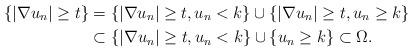
LaTeX: \begin{align*}\{|\nabla u_n|\geq t\} & = \{|\nabla u_n|\geq t,u_n< k\} \cup \{|\nabla u_n| \geq t,u_n \geq k\}\\& \subset \{|\nabla u_n|\geq t,u_n <k\} \cup \{u_n \geq k\}\subset \Omega.\end{align*}